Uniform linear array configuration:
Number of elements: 4
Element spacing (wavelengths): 0.75
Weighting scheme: exponential
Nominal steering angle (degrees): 0
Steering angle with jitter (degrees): -1.357
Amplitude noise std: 0.05
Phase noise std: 0.05

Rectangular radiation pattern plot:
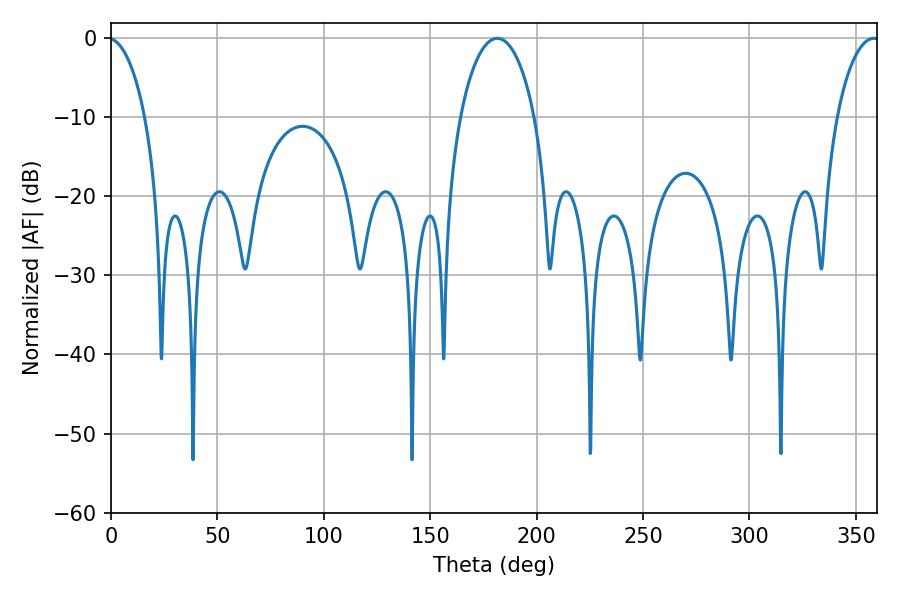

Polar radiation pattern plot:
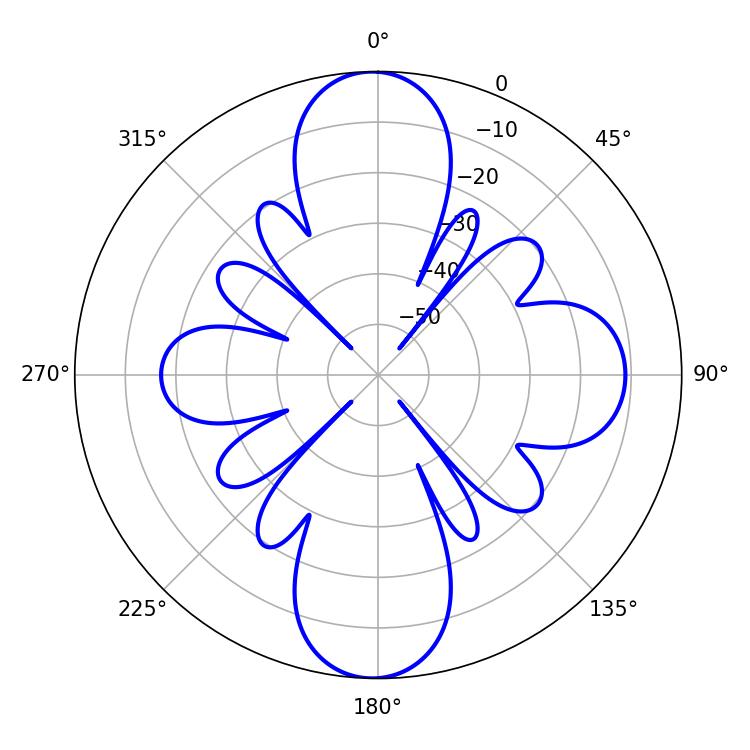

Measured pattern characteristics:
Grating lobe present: TRUE
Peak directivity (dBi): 22.789
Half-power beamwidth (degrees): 19.98
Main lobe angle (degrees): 181.44